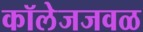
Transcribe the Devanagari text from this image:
कॉलेजजवळ